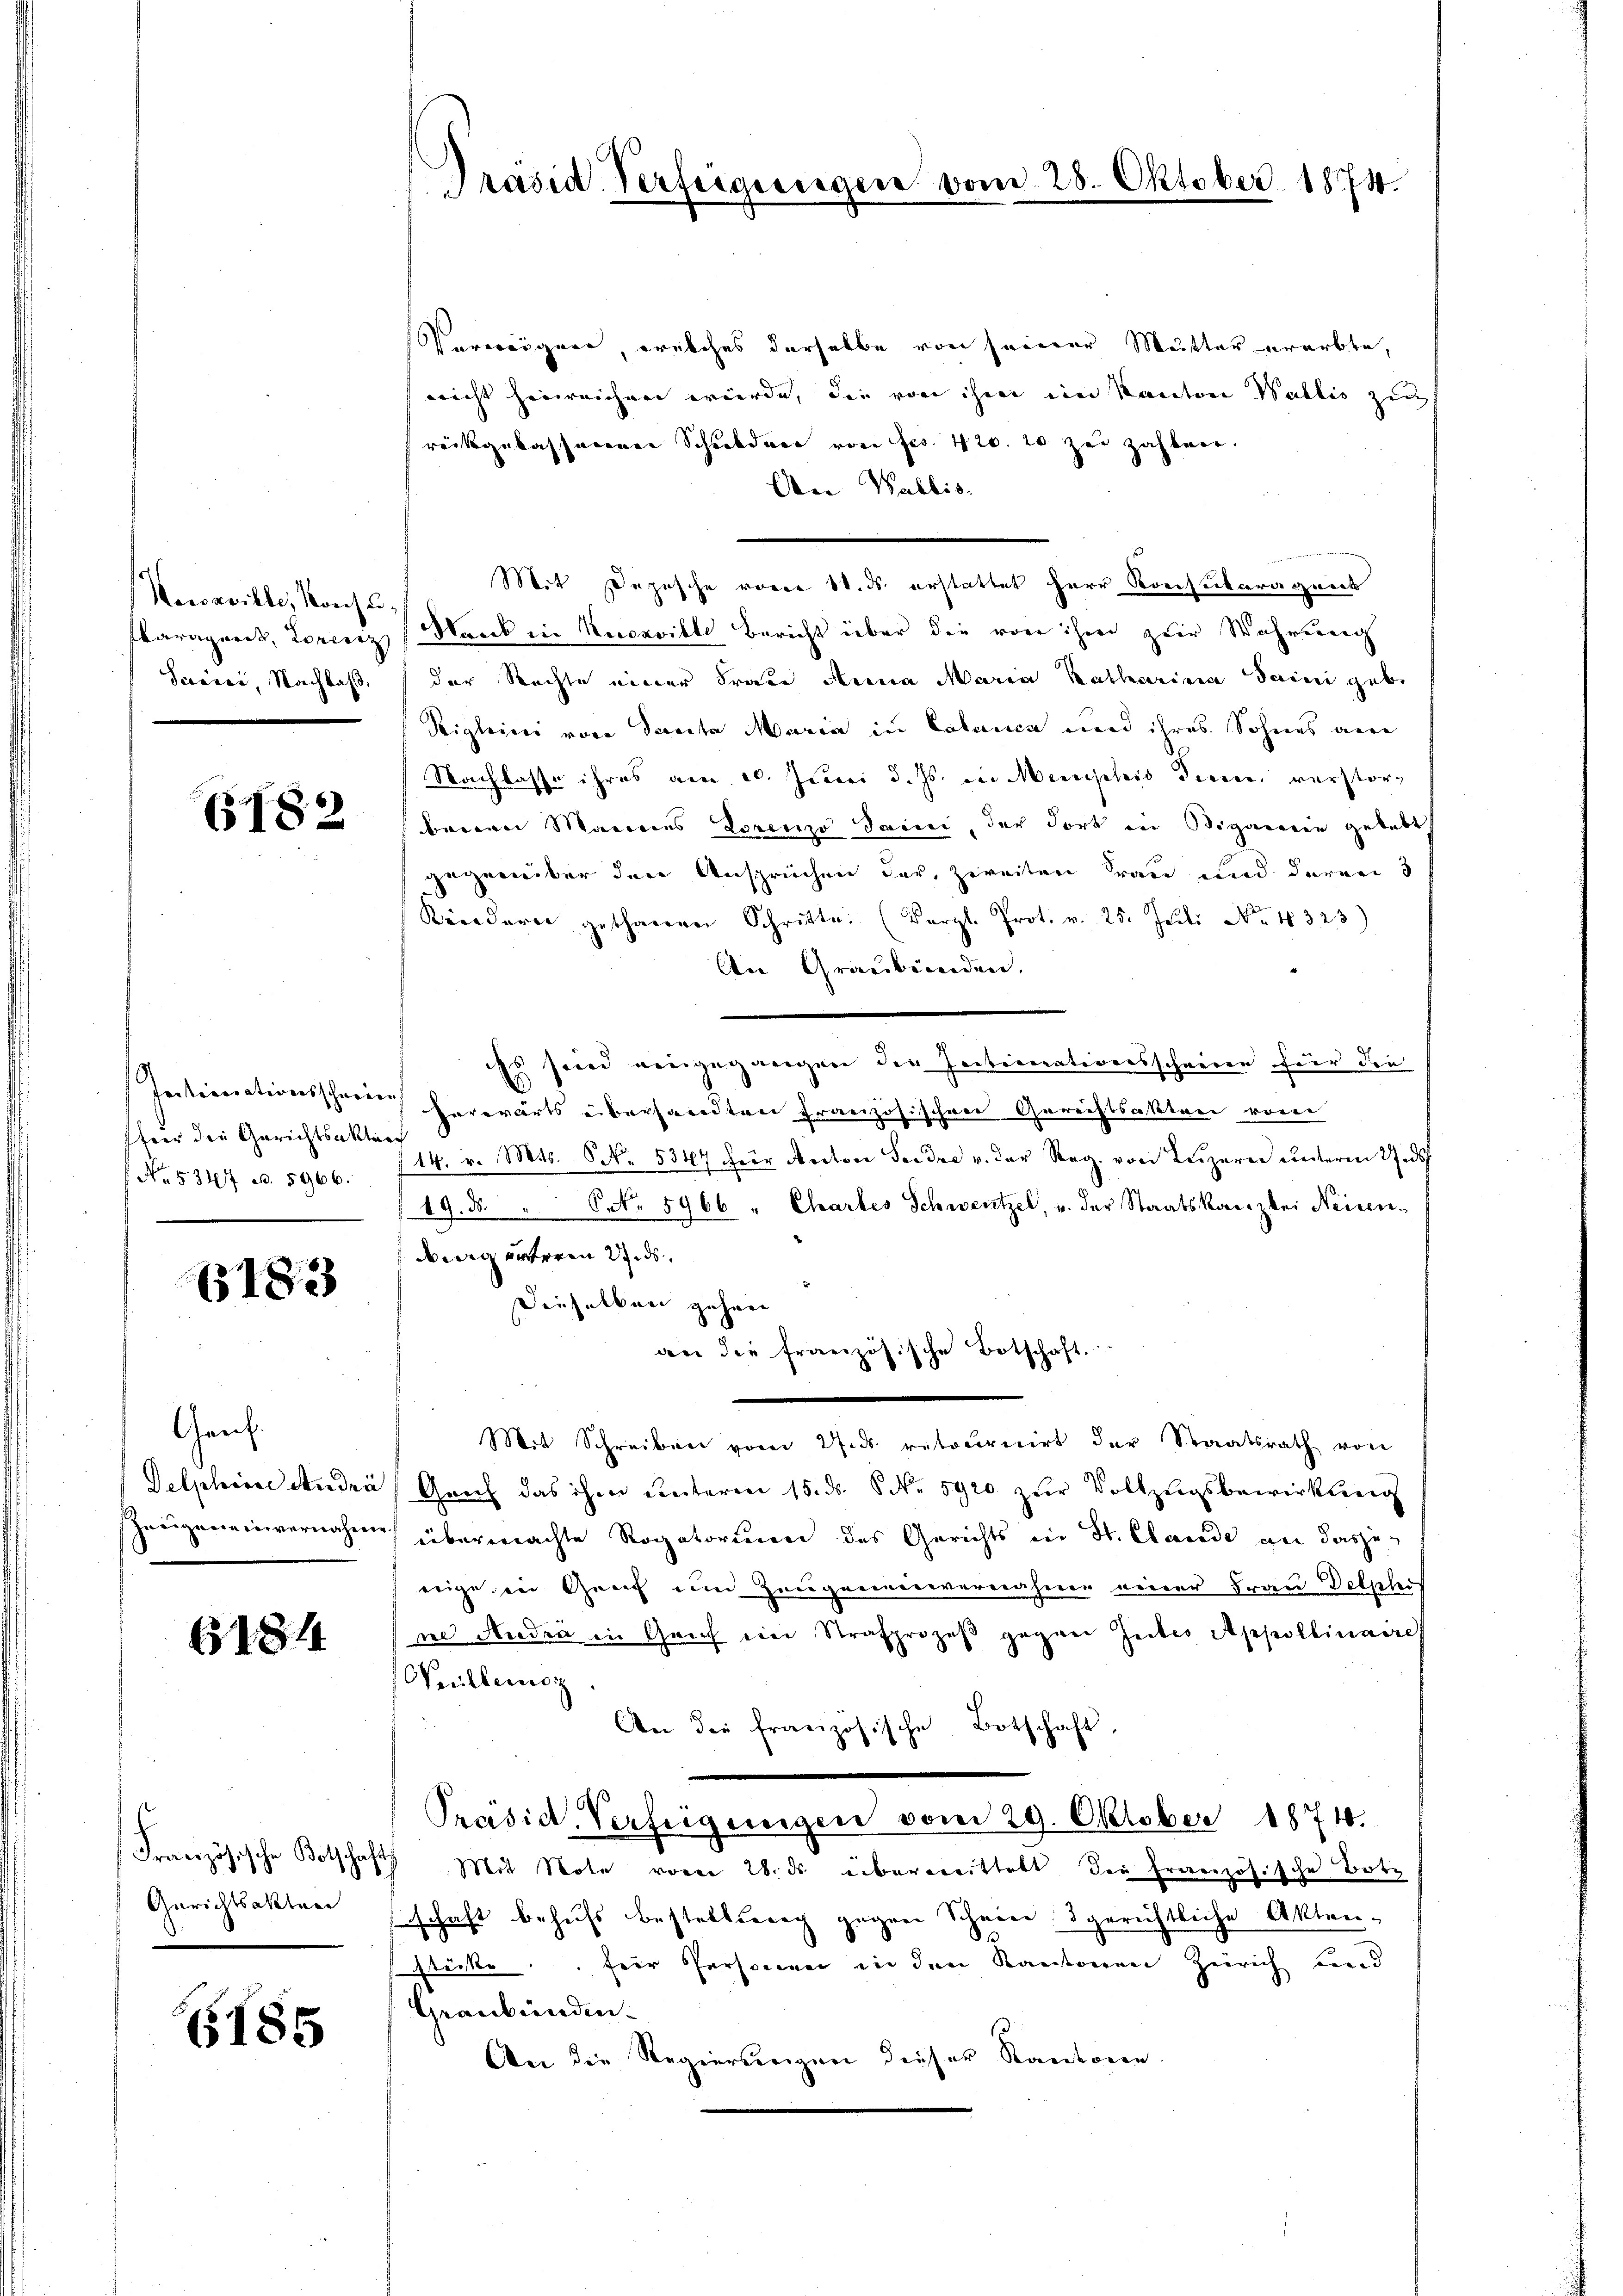
Newsaville, Konsu¬
Paragaret, Lorenz
Saceri, Nachbas,

6182

für die Gerichtsakturf
 No. 534. ad. 5966.

6183

Genf.
Delphine Andrä
Zeugeneinvernahmen

6184

Gerichtsakten
n

6185

Präsid. Verfeigungen vom 2

Verweigern, welches derselbe von seierer Mutter ererbte,
nicht hinreichen würde, die von ihm ein Kanton Wallis zu
rückgelassenen Schulden von Jes. 420. 20 zu zahlrei
An Wallis.
Mit Depesche vom 1. ds. erstattet Herr Konsukaragwerk
Staub in Kucaville Bericht über die von ihm zur Wahrung
der Rechte einer Frau Anna Maria Katharina Saini gebe
Rigleier von Sancta Maria in Calanca und ihres Sohnes am
Nachlasse ihres am 20. Juni d. Js. in Meriphis Perce, verstorberei Mariens Lorenzo Saici, der dort in Bigarein gelebt
gegenüber den Ansprüchen der zweiten Frau und daran 3
Kriedern gethanen Schritte. (Karzl. Prot. v. 25. Juli No 1323)
An Graubünden.
iss sind eingegangen der Particorationsschreien für die
Initivocationsschein herwärts übersandten Französischen Gerichtsakten vom
14. v. Mts. 6 No. 5347 für Anton Ferdre v. der Reg. von Luzern unterm 27. ds
/19. d. " Frk. 5966 " Chartes Schwentzel, u. der Staatskanzlei Neisen-
dwig unteren und
Dieselben gehen
an die französische Botschaft.
Mit Schreiben vom 27. ds. retournirt der Staatsrath von
Genf das ihm unterm 15. ds. 6 Nr 5920 zur Vollzugsbewirkung
übermachte Rogatorium des Gerichts in St. Clwerde an dasjeerige in Graf um Zeugerienvernähmen einer Frau Delphis
ne Nudia in Geich ein Strafprozeß gegen Gutes Appoldinaire
Weiberoz.
An die französische Botschaft
Präsid. Verfügungen vom 29. Oktober 1874.
Französische Botschaft Mit Note vom 28. ds. übermittelt die französische Botz
schaft behufs bestellerach gegen Scheine gerichtliche Akten-
stücke, für Personne in den Kantonen Zürich und
Graubünden.
An die Regierungen dieser Kantonen.

Oktober 1874.